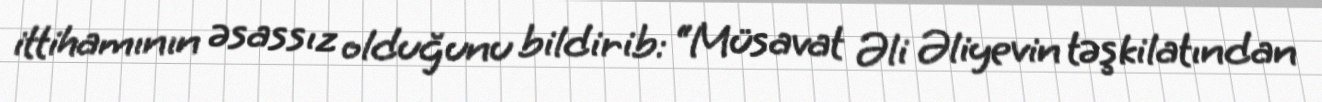
ittihamının əsassız olduğunu bildirib: “Müsavat Əli Əliyevin təşkilatından